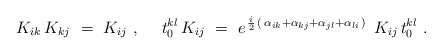
\begin{align*}K_{ik} \, K_{kj} ~=~ K_{ij}~, ~~~~t_0^{kl}\, K_{ij} ~=~ e^{ \, {i\over 2} \, ( \, \alpha_{ik } +\alpha_{kj} + \alpha_{jl} + \alpha_{li} \, ) \, }~ K_{ij}\, t_0^{kl}~.\end{align*}